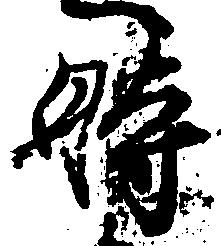
時